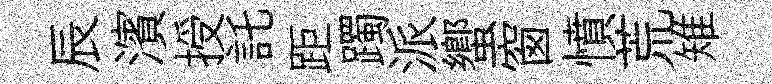
辰濱授託距躅派蠁窗憤荒雉